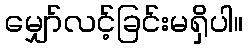
မျှော်လင့်ခြင်းမရှိပါ။